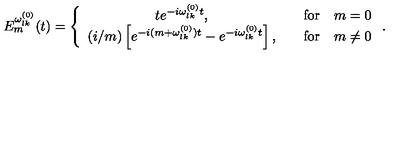
E _ { m } ^ { \omega _ { l k } ^ { ( 0 ) } } ( t ) = \left\{ \begin{array} { c c } { t e ^ { - i \omega _ { l k } ^ { ( 0 ) } t } , } & { \quad \mathrm { f o r } \quad m = 0 } \\ { ( i / m ) \left[ e ^ { - i ( m + \omega _ { l k } ^ { ( 0 ) } ) t } - e ^ { - i \omega _ { l k } ^ { ( 0 ) } t } \right] , } & { \quad \mathrm { f o r } \quad m \neq 0 } \\ \end{array} \right. .